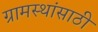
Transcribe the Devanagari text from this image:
ग्रामस्थांसाठी